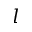
l